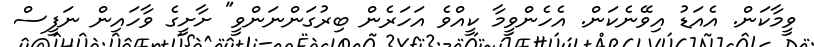
ވީމާކަން. އެއަޑު އިވޭނެކަން. އެހެންވީމާ ކީއްވެ އަހަރެން ބިރުގަންނަންވީ" ށާށީގެ ވާހައިން ނަފީސް